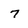
Character: 7